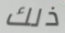
ذلك